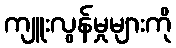
ကျူးလွန်မှုများကို